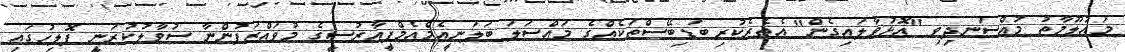
މައުލޫމާތު މުއްސަނދިވި "އޮޅުވާލައިގެން" އެތެރެކުރި ބަޑިބޭސްތަކެއްގެ މައްސަލަ ބަލަނީއެމްއެމްޕީއާރުސީގެ މުވައްޒަފުންނާ ސުވާލުކުރަނީ ޕޮލިހުގައި